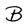
Character: B